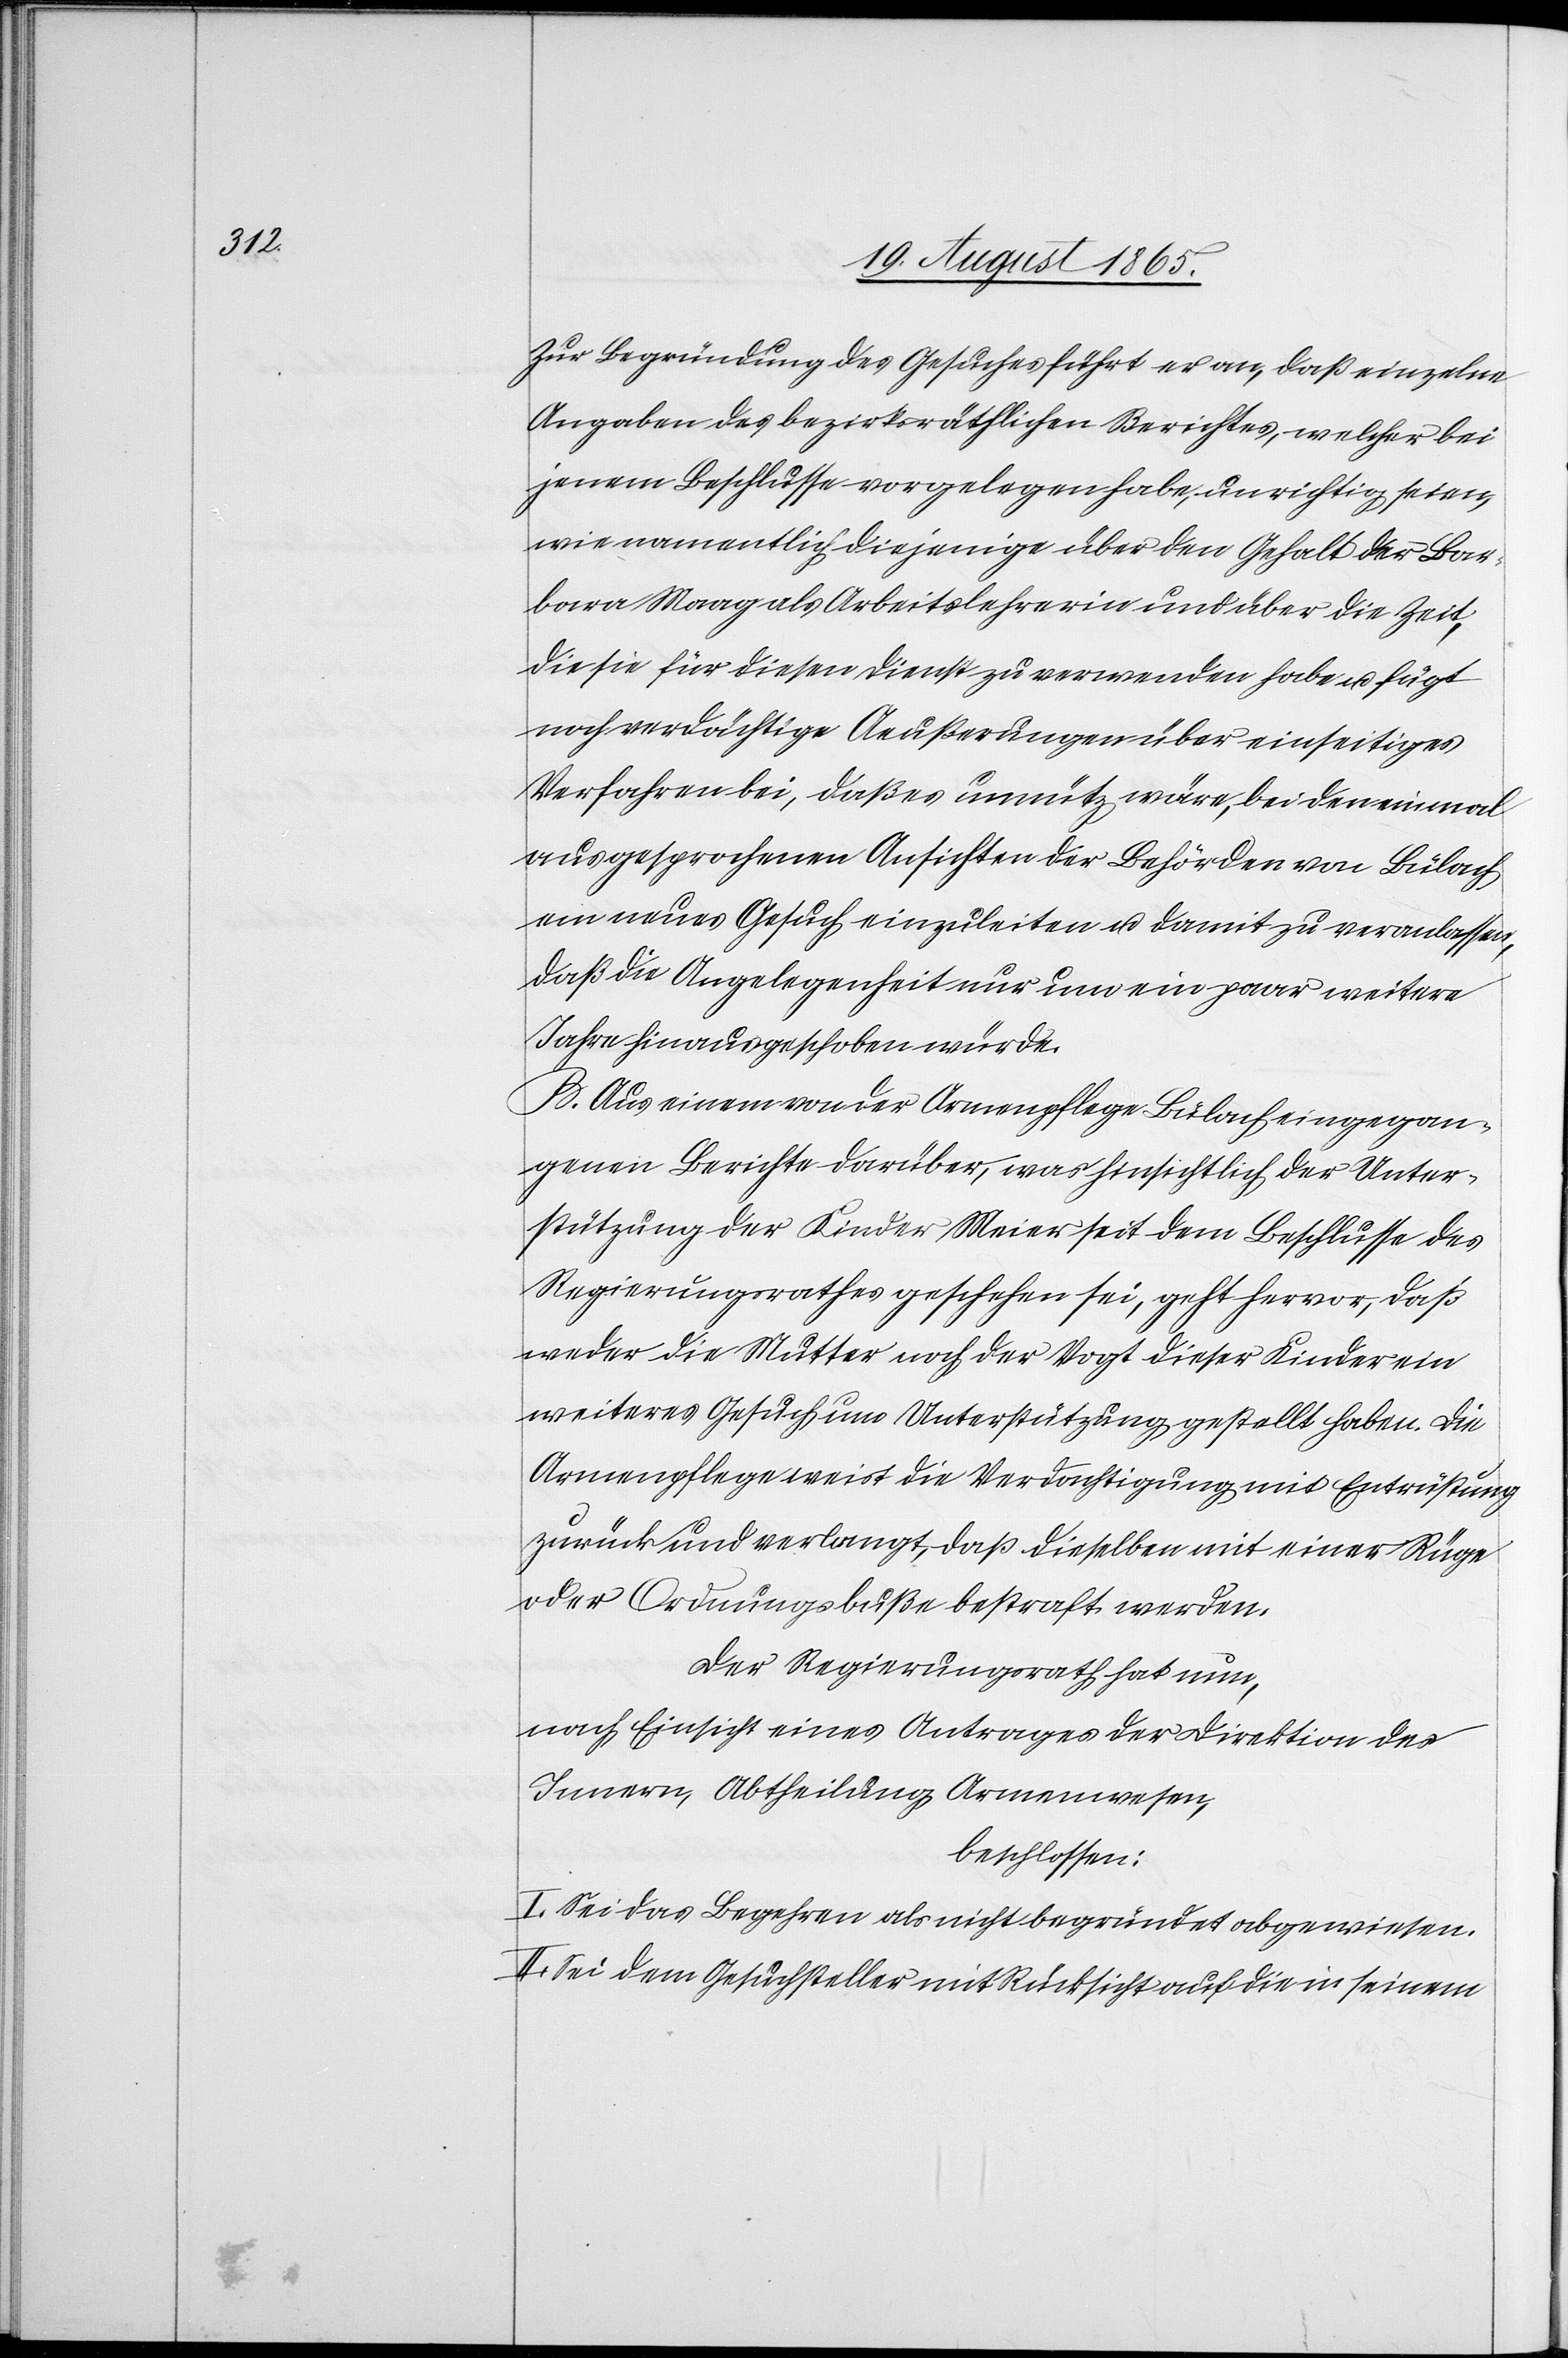
Zur Begründung des Gesuches führt er an, daß einzelne
Angaben des bezirksräthlichen Berichtes, welcher bei
jenem Beschlusse vorgelegen habe, unrichtig seien,
wie namentlich diejenige über den Gehalt der Bar¬
bara Maag als Arbeitslehrerein und über die Zeit,
die sie für diesen Dienst zu verwenden habe u. fügt
noch verdächtige Aeußerungen über einseitiges
Verfahren bei, daß es unnütz wäre, bei den einmal
ausgesprochenen Ansichten der Behörden von Bülach
ein neues Gesuch einzuleiten u. damit zu veranlassen,
daß die Angelegenheit nur um ein paar weitere
Jahre hinausgeschoben würde.
B. Aus einem von der Armenpflege Bülach eingegan¬
genen Berichte darüber, was hinsichtlich der Unter¬
stützung der Kinder Meier seit dem Beschlusse des
Regierungsrathes geschehen sei, geht hervor, daß
weder die Mutter noch der Vogt dieser Kinder ein
weiteres Gesuch um Unterstützung gestellt haben. Die
Armenpflege weist die Verdachtigung mit Entrüstung
zurück und verlangt, daß dieselben mit einer Rüge
oder Ordnungsbuße bestraft werden.
Der Regierungsrath hat nun,
nach Einsicht eines Antrages der Direktion des
Innern, Abtheilung Armenwesen,
beschlossen:
I. Sei das Begehren als nicht begründet abgewiesen.
II. Sei dem Gesuchsteller mit Rücksicht auf die in seinem